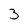
Character: 3